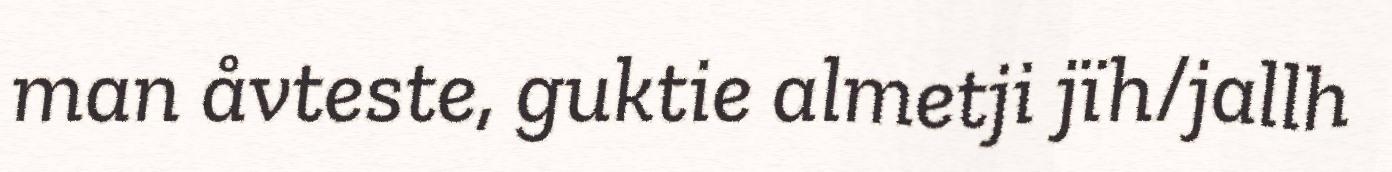
man åvteste, guktie almetji jïh/jallh